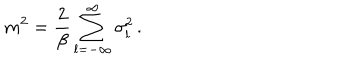
LaTeX: m ^ { 2 } = \frac { 2 } { \beta } \sum _ { l = - \infty } ^ { \infty } \sigma _ { l } ^ { 2 } \, .